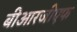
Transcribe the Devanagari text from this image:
बीआरजीएफ